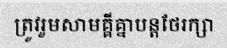
ត្រូវរួមសាមគ្គីគ្នាបន្តថែរក្សា